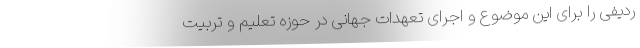
ردیفی را برای این موضوع و اجرای تعهدات جهانی در حوزه تعلیم و تربیت